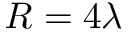
R = 4 \lambda